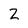
Character: 2